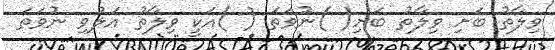
ވިލާތު ބަށި ވިލާތު ބަށި( )ނުވަތަ ( )އަކީ ވިލާތު އަލުވި ނުވަތަ